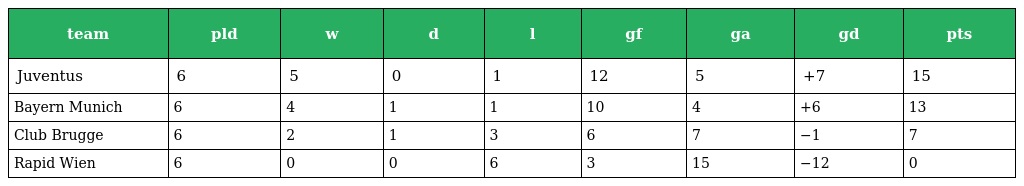
| team | pld | w | d | l | gf | ga | gd | pts |
 | --- | --- | --- | --- | --- | --- | --- | --- | --- |
 | Juventus | 6 | 5 | 0 | 1 | 12 | 5 | +7 | 15 |
 | Bayern Munich | 6 | 4 | 1 | 1 | 10 | 4 | +6 | 13 |
 | Club Brugge | 6 | 2 | 1 | 3 | 6 | 7 | −1 | 7 |
 | Rapid Wien | 6 | 0 | 0 | 6 | 3 | 15 | −12 | 0 |